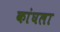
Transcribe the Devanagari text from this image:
कांघला